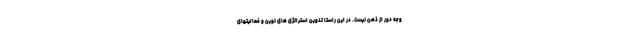
وجه دور از ذهن نیست. در این راستا تدوین استراتژی های نوین و فعالیتهای